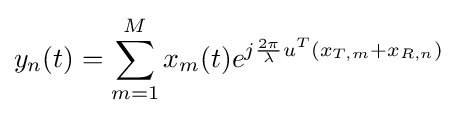
y_{n}(t)=\sum _{m=1}^{M}x_{m}(t)e^{j{\frac {2\pi }{\lambda }}u^{T}(x_{T,m}+x_{R,n})}